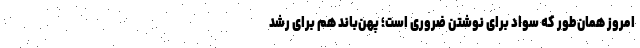
امروز همان‌طور که سواد برای نوشتن ضروری است؛ پهن‌باند هم برای رشد